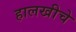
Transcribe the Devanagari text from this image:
हालखीचे